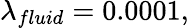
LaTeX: \lambda_{fluid}=0.0001,